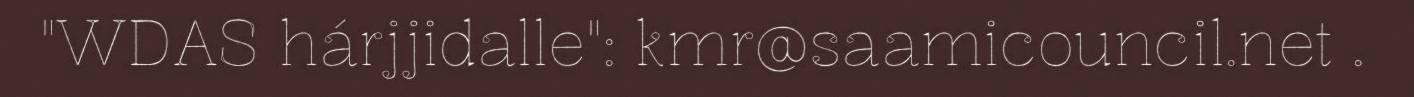
"WDAS hárjjidalle": kmr@saamicouncil.net .